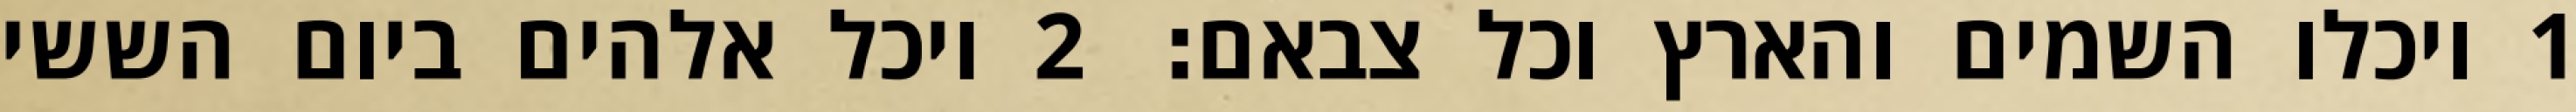
1 ויכלו השמים והארץ וכל צבאם׃ ‎2‏ ויכל אלהים ביום הששי